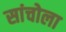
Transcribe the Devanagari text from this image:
सांचोला